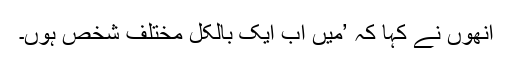
انھوں نے کہا کہ ’میں اب ایک بالکل مختلف شخص ہوں۔